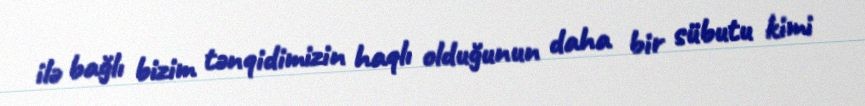
ilə bağlı bizim tənqidimizin haqlı olduğunun daha bir sübutu kimi